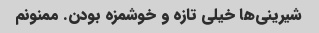
شیرینى‌ها خیلى تازه و خوشمزه بودن. ممنونم